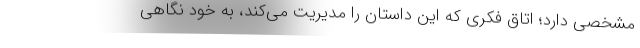
مشخصی دارد؛ اتاق فکری که این داستان را مدیریت می‌کند، به خود نگاهی